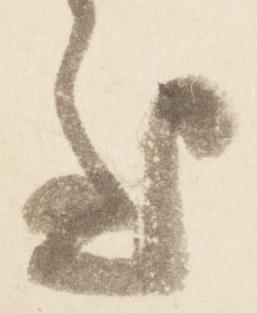
至